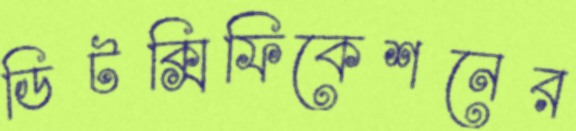
ডিটক্সিফিকেশনের